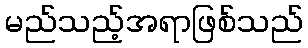
မည်သည့်အရာဖြစ်သည်